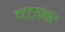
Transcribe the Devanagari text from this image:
दट्ट्यांवर